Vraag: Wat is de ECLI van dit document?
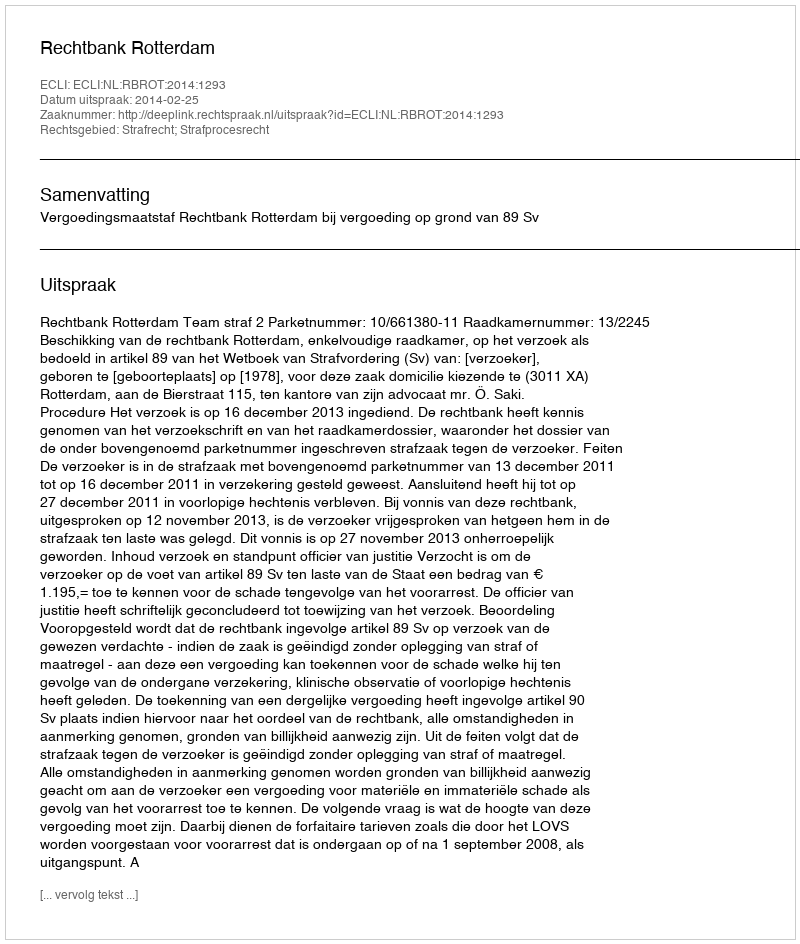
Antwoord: ECLI:NL:RBROT:2014:1293